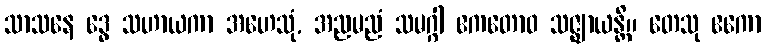
သာသနေ ဒွေ သဟာယကာ အဟေသုံ, အညမညံ သမဂ္ဂါ ဧကတောဝ သဇ္ဈာယန္တိ။ တေသု ဧကော